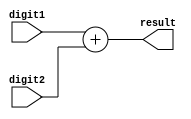
module Add (
    input  [31:0] digit1,
    input  [31:0] digit2,
    output [31:0] result
);
  assign result = digit1 + digit2;
endmodule